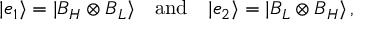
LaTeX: | e _ { 1 } \rangle = | B _ { H } \otimes B _ { L } \rangle \quad \mathrm { a n d } \quad | e _ { 2 } \rangle = | B _ { L } \otimes B _ { H } \rangle \, ,